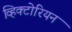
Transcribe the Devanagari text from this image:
व्हिक्टोरियन